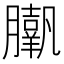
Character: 𦢗